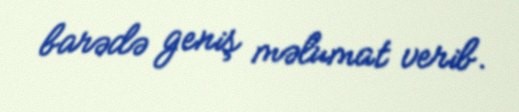
barədə geniş məlumat verib.